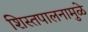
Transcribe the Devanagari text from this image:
शिस्तपालनामुळे